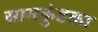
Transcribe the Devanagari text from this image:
सामकुंडका